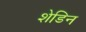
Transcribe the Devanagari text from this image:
शेडिन